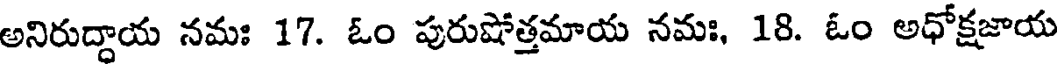
అనిరుద్దాయ నమః 17. ఓం పురుషోత్తమాయ నమః, 18. ఓం అధోక్షజాయ